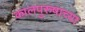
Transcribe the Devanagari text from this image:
कालपुरुषाच्या